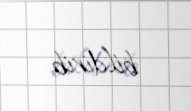
bildirib.